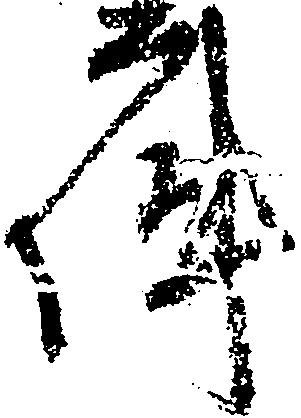
件